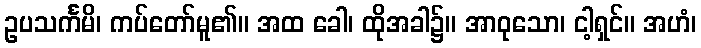
ဥပသင်္ကမိ၊ ကပ်တော်မူ၏။ အထ ခေါ၊ ထိုအခါ၌။ အာဝုသော၊ ငါ့ရှင်။ အဟံ၊